Lunatic asylums Burma 1907-21 - 1907-1921
Year: 1907
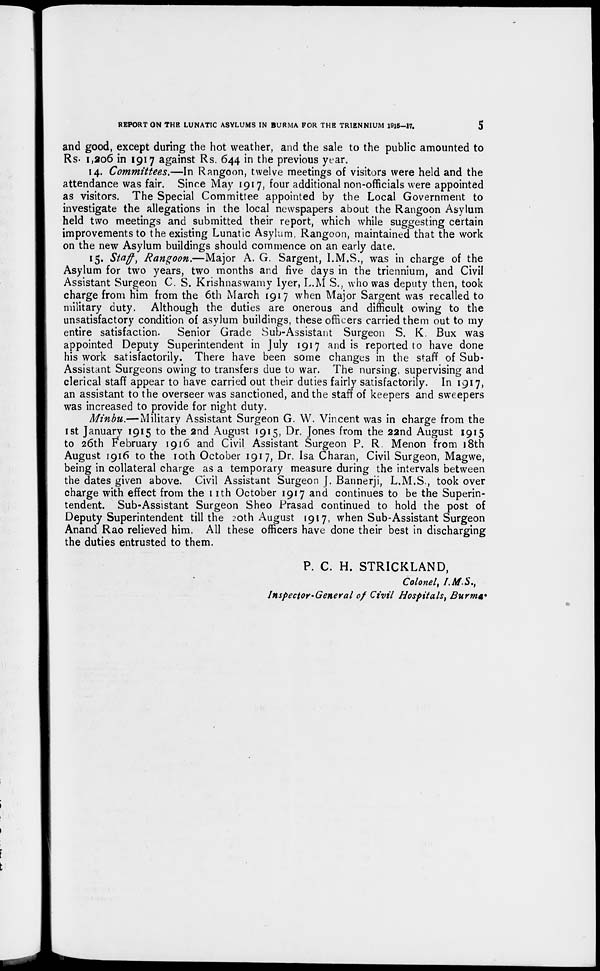
REPORT ON THE LUNATIC ASYLUMS IN BURMA FOR THE TRIENNIUM 1915-17.
5
and good, except during the hot weather, and the sale to the public amounted to
Rs. 1,206 in 1917 against Rs. 644 in the previous year.
14. Committees.—In Rangoon, twelve meetings of visitors were held and the
attendance was fair. Since May 1917, four additional non-officials were appointed
as visitors. The Special Committee appointed by the Local Government to
investigate the allegations in the local newspapers about the Rangoon Asylum
held two meetings and submitted their report, which while suggesting certain
improvements to the existing Lunatic Asylum, Rangoon, maintained that the work
on the new Asylum buildings should commence on an early date.
15. Staff, Rangoon.—Major A. G. Sargent, I.M.S., was in charge of the
Asylum for two years, two months and five days in the triennium, and Civil
Assistant Surgeon C. S. Krishnaswamy Iyer, L.M S., who was deputy then, took
charge from him from the 6th March 1917 when Major Sargent was recalled to
military duty. Although the duties are onerous and difficult owing to the
unsatisfactory condition of asylum buildings, these officers carried them out to my
entire satisfaction.
Senior Grade Sub-Assistant Surgeon S. K. Bux was
appointed Deputy Superintendent in July 1917 and is reported to have done
his work satisfactorily. There have been some changes in the staff of Sub-
Assistant Surgeons owing to transfers due to war. The nursing, supervising and
clerical staff appear to have carried out their duties fairly satisfactorily. In 1917,
an assistant to the overseer was sanctioned, and the staff of keepers and sweepers
was increased to provide for night duty.
Minbu.—Military Assistant Surgeon G. W. Vincent was in charge from the
1st January 1915 to the 2nd August 1915, Dr. Jones from the 22nd August 1915
to 26th February 1916 and Civil Assistant Surgeon P. R. Menon from 18th
August 1916 to the 10th October 1917, Dr. Isa Charan, Civil Surgeon, Magwe,
being in collateral charge as a temporary measure during the intervals between
the dates given above. Civil Assistant Surgeon J. Bannerji, L.M.S., took over
charge with effect from the 11th October 1917 and continues to be the Superin-
tendent. Sub-Assistant Surgeon Sheo Prasad continued to hold the post of
Deputy Superintendent till the 20th August 1917, when Sub-Assistant Surgeon
Anand Rao relieved him. All these officers have done their best in discharging
the duties entrusted to them.
P. C. H. STRICKLAND,
Colonel, I.M.S.,
Inspector-General of Civil Hospitals, Burma.